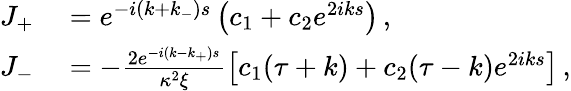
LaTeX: \begin{array}{rl}{J_{+}}&{{}=e^{-i(k+k_{-})s}\left(c_{1}+c_{2}e^{2iks}\right)\, ,}\\ {J_{-}}&{{}=-\frac{2e^{-i(k-k_{+})s}}{\kappa^{2}\xi}\left[c_{1}(\tau+k)+c_{2}(\tau-k)e^{2iks}\right]\, ,}\end{array}